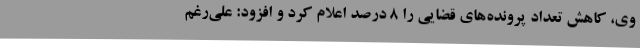
وی، کاهش تعداد پرونده‌های قضایی را 8 درصد اعلام کرد و افزود: علی‌رغم